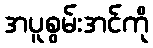
အပူစွမ်းအင်ကို